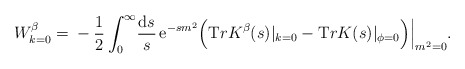
\begin{align*}W^{\beta}_{k=0}= \mbox{}-\frac12 \int_0^{\infty}\! \frac{{\mathrm{d} }s}{s}\, {\mathrm e}^{-s m^2}\Big( {\mathrm Tr} {K}^{\beta} (s)|_{k=0} - {\mathrm Tr} K (s)|_{\phi=0} \Big) \Big|_{m^2=0}.\end{align*}